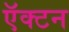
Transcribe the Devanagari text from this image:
ऍक्टन